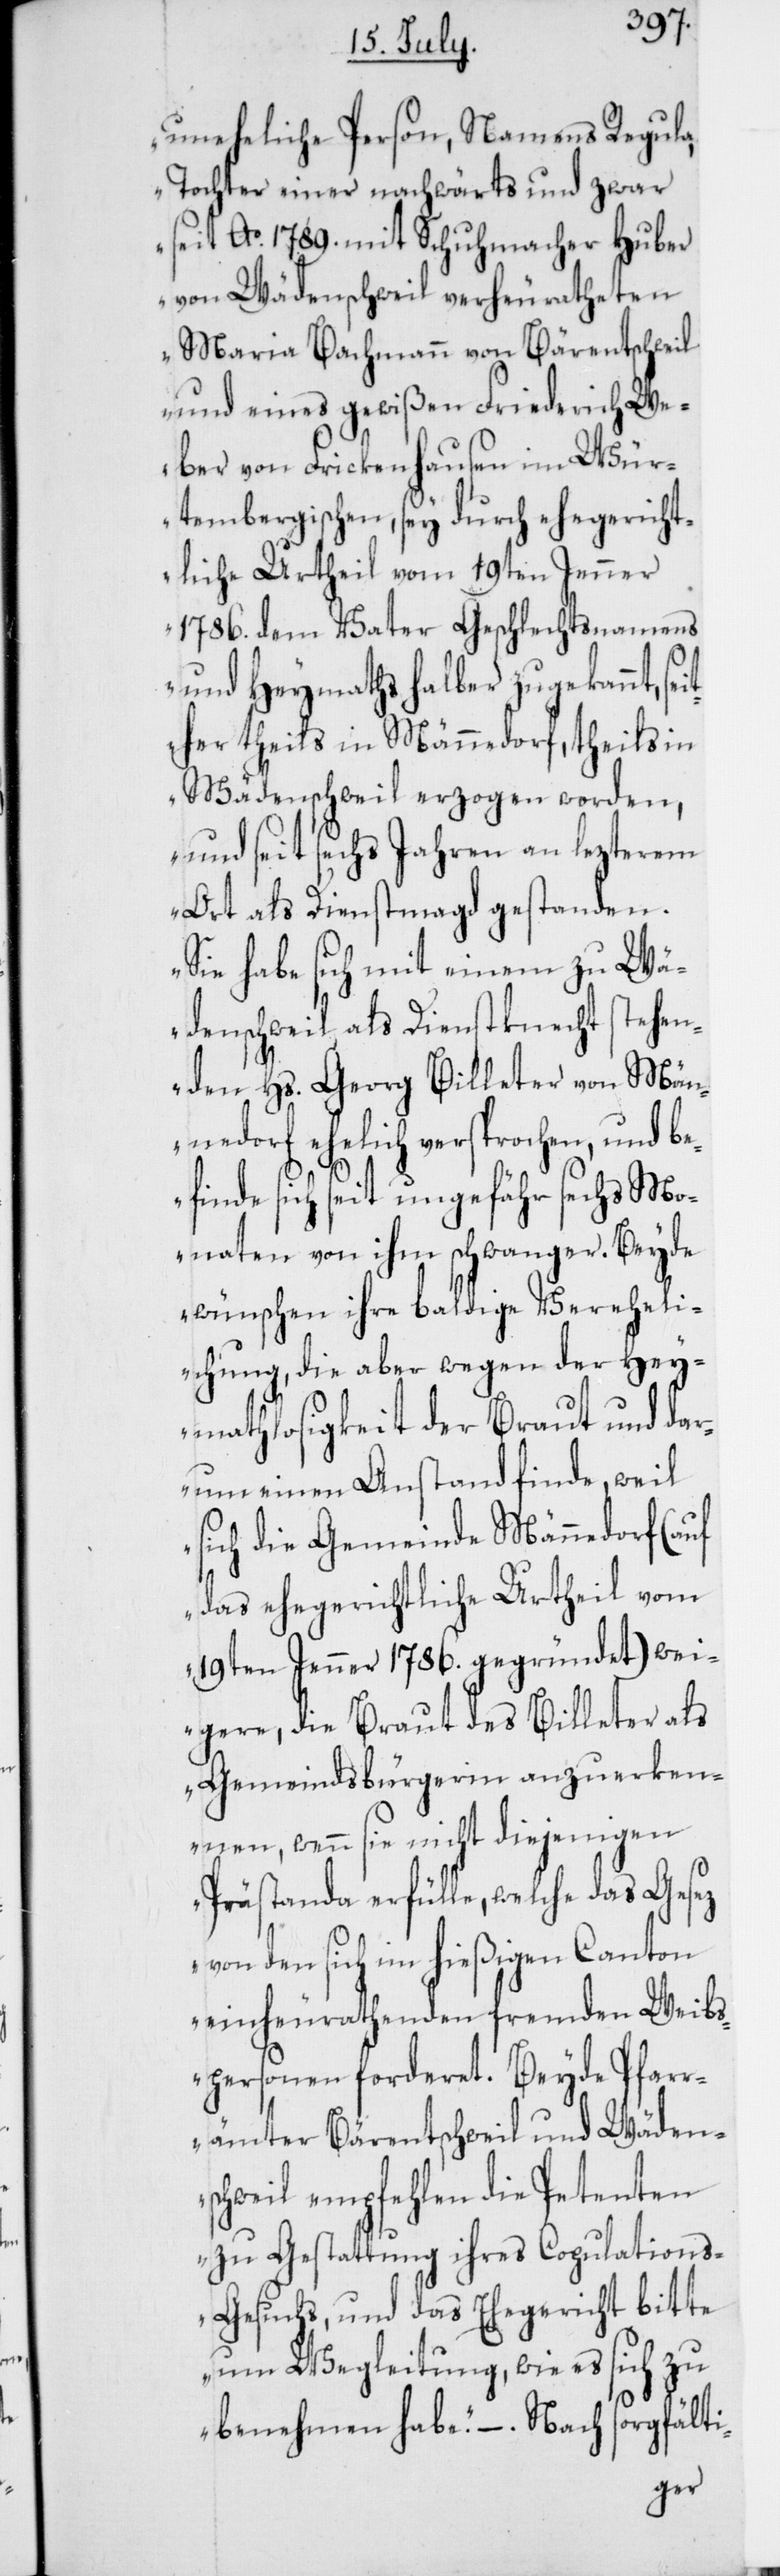
uneheliche Person, Namens Regula,
Tochter einer nachwärts und zwar
seit Ao 1789. mit Schuhmacher Huber
von Wädenschweil verheuratheten
Maria Bachmann von Bärentschweil
und eines gewißen Friederich We¬
ber von Frickenhausen im Wür¬
tembergischen, sey durch ehegericht¬
liche Urtheil vom 19ten Jenner
1786. dem Vater Geschlechtsnamens
und Heymaths halber zugekannt, se¬
her theils in Männedorf, theils in
Wädenschweil erzogen worden,
und seit sechs Jahren an lezterem
Ort als Dienstmagd gestanden.
Sie habe sich mit einem zu Wä¬
denschweil als Dienstknecht stehen¬
den Hs. Georg Billeter von Män¬
nedorf ehelich versprochen, und be¬
finde sich seit ungefähr sechs Mo¬
naten von ihm schwanger. Beyde
wünschen ihre baldige Verehel¬
ichung, die aber wegen der Hey¬
mathlosigkeit der Braut und dar¬
um einen Anstand finde, weil
sich die Gemeinde Männedorf (auf
das ehegerichtliche Urtheil vom
19ten Jenner 1786. gegründet) wei¬
gere, die Braut des Billeter als
Gemeindsbürgerin anzuerken¬
nen, wenn sie nicht diejenigen
Prästanda erfülle, welche das
von den sich im hießigen Canton
einheurathendenden fremden Weib¬
spersonen forderet. Beyde Pfar¬
rämter Bärentschweil und Wäden¬
schweil empfehlen die Petenten
zu Gestattung ihres Copulation¬
s-Gesuchs, und das Ehegericht bitte
um Wegleitung, wie es sich zu
it¬
benehmen habe.“ –